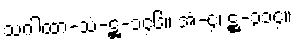
သဂါထာ-သံ-ဋ္ဌ-၁၄၆။ အံ-၄၊ ဋ္ဌ-၃၁၄။